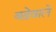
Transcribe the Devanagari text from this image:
बढ़ेवाले